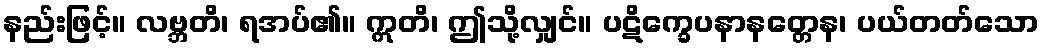
နည်းဖြင့်။ လဗ္ဘတိ၊ ရအပ်၏။ ဣတိ၊ ဤသို့လျှင်။ ပဋိက္ခေပနာနတ္တေန၊ ပယ်တတ်သော